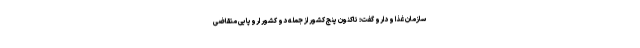
سازمان غذا و دارو گفت: تاکنون پنج کشور از جمله دو کشور اروپایی متقاضی